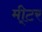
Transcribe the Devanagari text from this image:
मी्टर